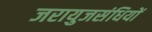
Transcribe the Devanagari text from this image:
जरायुजसंधियों